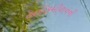
હાઈકમીશનની